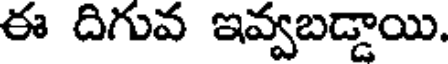
ఈ దిగువ ఇవ్వబడ్డాయి.